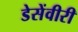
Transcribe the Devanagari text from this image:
डेसेंवीरी